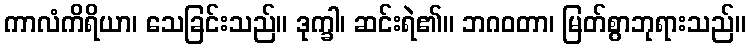
ကာလံကိရိယာ၊ သေခြင်းသည်။ ဒုက္ခါ၊ ဆင်းရဲ၏။ ဘဂဝတာ၊ မြတ်စွာဘုရားသည်။